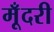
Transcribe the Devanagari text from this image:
मूँदरी